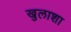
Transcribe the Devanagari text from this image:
खुलाशा